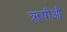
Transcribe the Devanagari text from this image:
ॠषीऔ